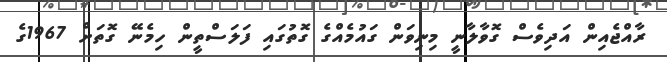
ރާއްޖެއިން އަދިވެސް ގޮވާލާނީ މިނިވަން ގައުމެއްގެ ގޮތުގައި ފަލަސްތީން ހިމެނޭ ގޮތަށް 1967ގެ